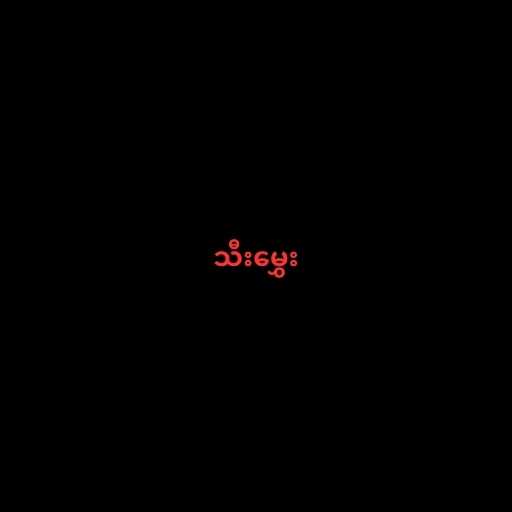
သီးမွှေး